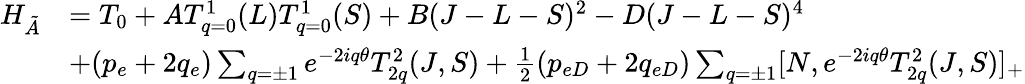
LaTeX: \begin{array}{rl}{H_{\tilde{A}}}&{=T_{0}+AT_{q=0}^{1}(L)T_{q=0}^{1}(S)+B(J-L-S)^{2}-D(J-L-S)^{4}}\\ &{+(p_{e}+2q_{e})\sum_{q=\pm 1}e^{-2iq\theta}T_{2q}^{2}(J,S)+\frac{1}{2}(p_{eD}+2q_{eD})\sum_{q=\pm 1}[N,e^{-2iq\theta}T_{2q}^{2}(J,S)]_{+}}\end{array}